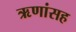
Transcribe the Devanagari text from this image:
ऋणांसह